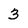
Character: 3